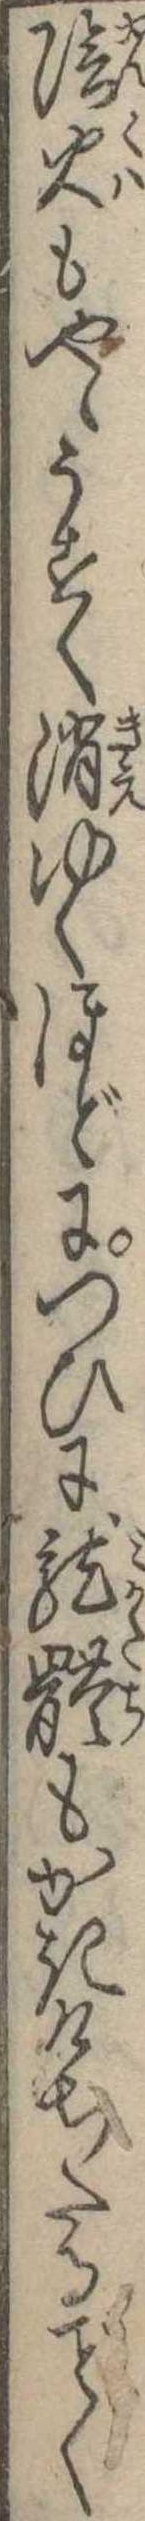
陰火もやゝうすく消ゆくほどにつひに竜体もかきけちたるく